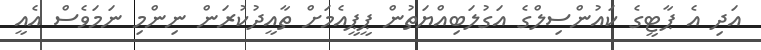
އަދި އެ ޕާޓީގެ ކައުންސިލްގެ އަގުލަބިއްޔަތުން ޕީޕީއެމަށް ތާއީދުކުރަން ނިންމި ނަމަވެސް އެއީ